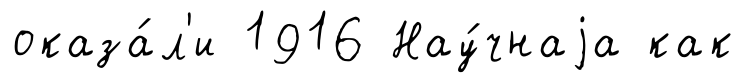
оказа́л'и 1916 Нау́чнаjа как